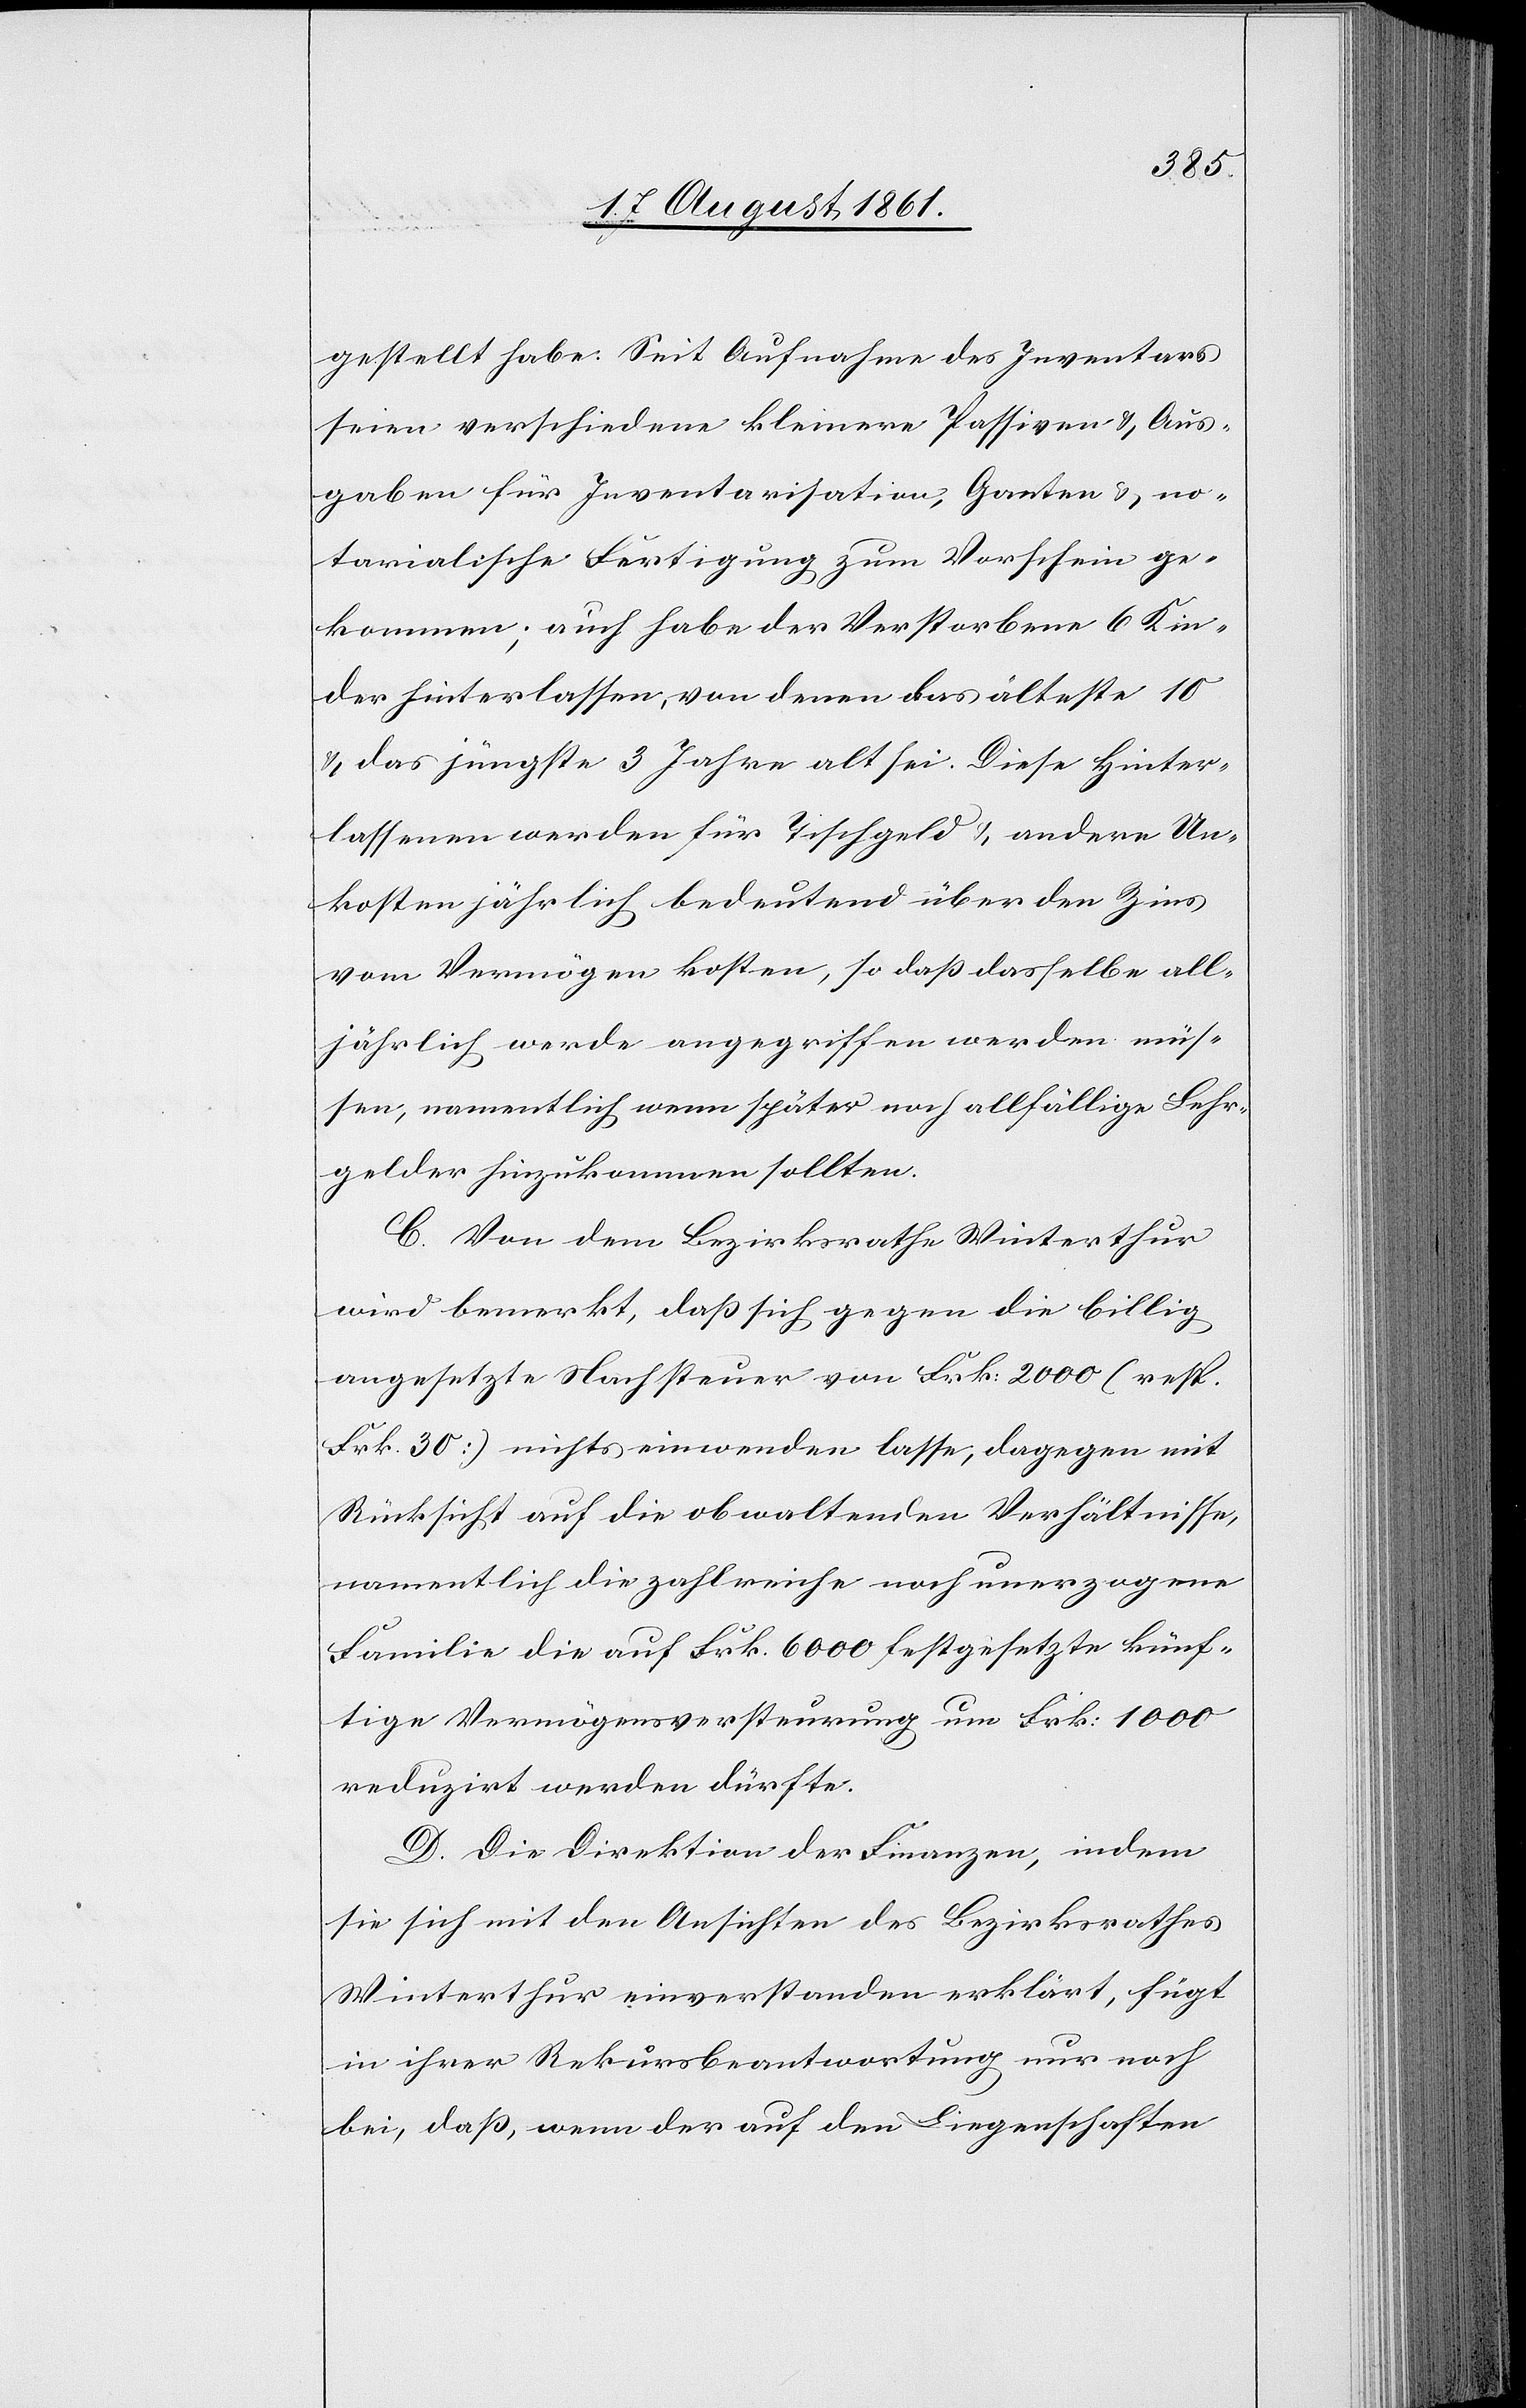
gestellt habe. Seit Aufnahme des Inventars
seien verschiedene kleinere Passiven u. Aus¬
gaben für Inventarisation, Ganten u. no¬
tarialische Fertigung zum Vorschein ge¬
kommen; auch habe der Verstorbene 6 Kin¬
der hinterlassen, von denen das älteste 10
u. das jüngste 3 Jahre alt sei. Diese Hinter¬
lassenen werden für Tischgeld u. andere Un¬
kosten jährlich bedeutend über den Zins
von Vermögen kosten, so daß dasselbe all¬
jährlich werde angegriffen werden müs¬
sen, namentlich wenn später noch allfällige Lehr¬
gelder hinzukommen sollten.
C. Von dem Bezirksrathe Winterthur
wird bemerkt, daß sich gegen die billig
angesetzte Nachsteuer von Frk. 2000 (resp.
Frk. 30) nichts einwenden lasse, dagegen mit
Rücksicht auf die obwaltenden Verhältnisse,
namentlich die zahlreiche noch unerzogene
Familie die auf Frk. 6000 festgesetzte künf¬
tige Vermögensversteurung um Frk. 1000
reduzirt werden dürfte.
D. Die Direktion der Finanzen, indem
sie sich mit den Ansichten des Bezirksrathes
Winterthur einverstanden erklärt, fügt
in ihrer Rekursbeantwortung nur noch
bei, daß, wenn der auf den Liegenschaften